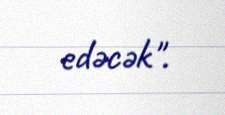
edəcək".